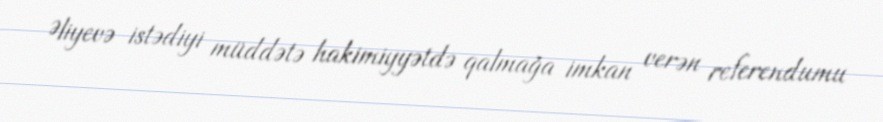
Əliyevə istədiyi müddətə hakimiyyətdə qalmağa imkan verən referendumu